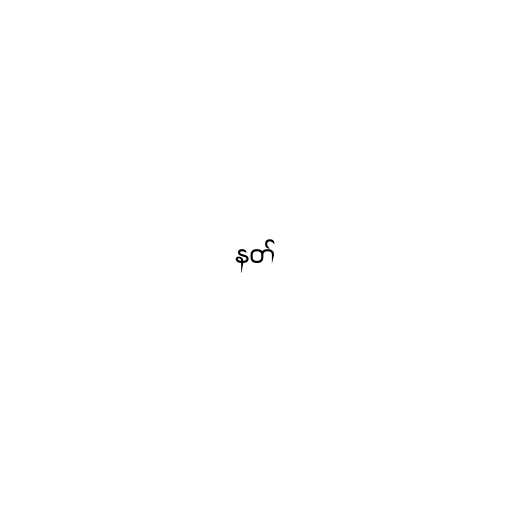
နတ်